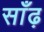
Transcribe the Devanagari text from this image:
साँढ़